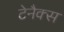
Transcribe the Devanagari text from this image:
टेनैक्स